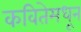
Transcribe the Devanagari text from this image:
कवितेमधून